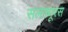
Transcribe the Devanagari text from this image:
सलफ़्यूरस